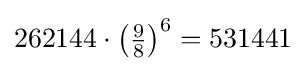
262144\cdot \left(\textstyle {\frac {9}{8}}\right)^{6}=531441